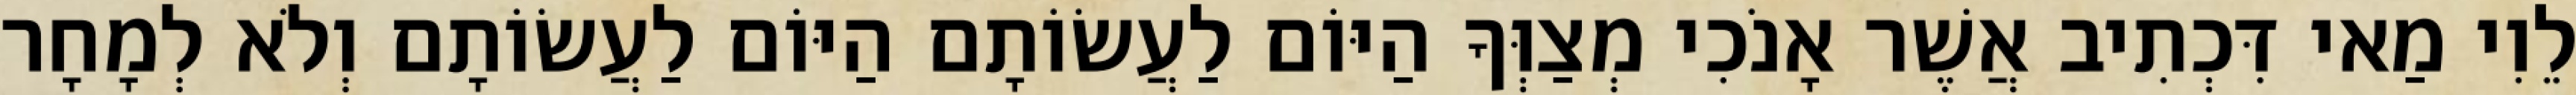
לֵוִי מַאי דִּכְתִיב אֲשֶׁר אָנֹכִי מְצַוְּךָ הַיּוֹם לַעֲשׂוֹתָם הַיּוֹם לַעֲשׂוֹתָם וְלֹא לְמָחָר